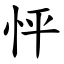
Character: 怦